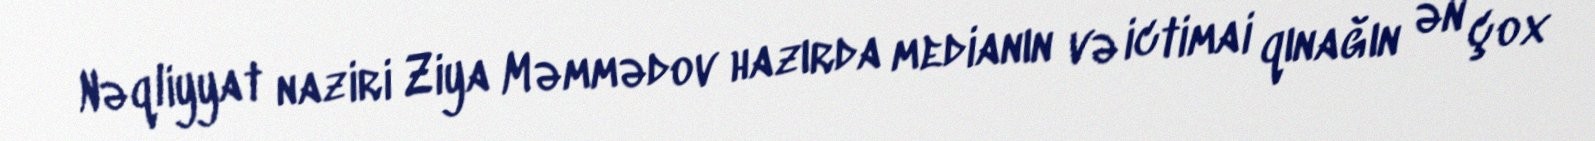
Nəqliyyat naziri Ziya Məmmədov hazırda medianın və ictimai qınağın ən çox